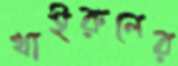
খাইরুলের